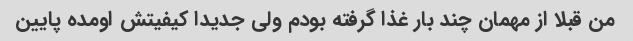
من قبلا از مهمان چند بار غذا گرفته بودم ولی جدیدا کیفیتش اومده پایین